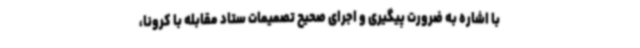
با اشاره به ضرورت پیگیری و اجرای صحیح تصمیمات ستاد مقابله با کرونا،